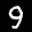
Label: 9